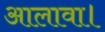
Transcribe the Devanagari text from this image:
आलावा।